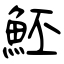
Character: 魾